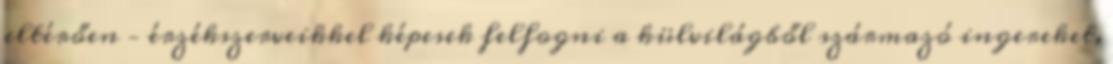
eltérően – érzékszerveikkel képesek felfogni a külvilágből származó ingereket,